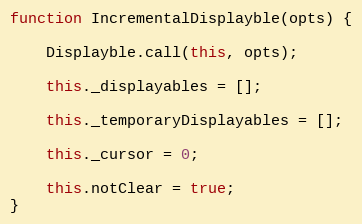
Language: JavaScript
function IncrementalDisplayble(opts) {

    Displayble.call(this, opts);

    this._displayables = [];

    this._temporaryDisplayables = [];

    this._cursor = 0;

    this.notClear = true;
}